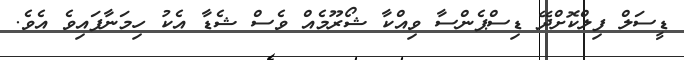
ޑީސަލް ފިލްކޮށްދޭ ޑިސްޕެންސާ ވިއްކާ ޝޯރޫމެއް ވެސް ޝެޑާ އެކު ހިމަނާފައިވެ އެވެ.